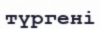
түргені